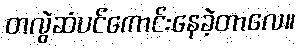
တလွဲဆံပင်ကောင်းနေခဲ့တာလေ။